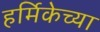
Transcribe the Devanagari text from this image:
हर्मिकेच्या